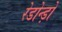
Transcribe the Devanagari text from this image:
रेडोन्ड़ो